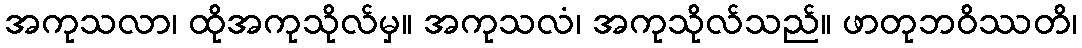
အကုသလာ၊ ထိုအကုသိုလ်မှ။ အကုသလံ၊ အကုသိုလ်သည်။ ဖာတုဘဝိဿတိ၊